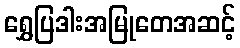
ရွှေပြဒါးအမြုတေအဆင့်